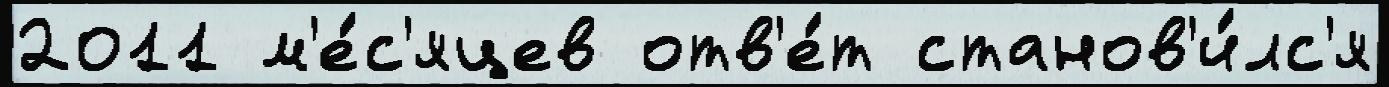
2011 м'е́с'яцев отв'е́т станов'и́лс'я